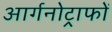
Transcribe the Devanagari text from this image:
आर्गनोट्राफों